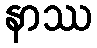
နာဿ